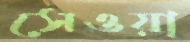
সেওয়া